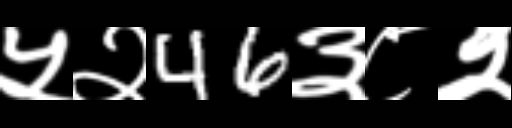
Text: ५२46३८२